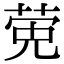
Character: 𬝂